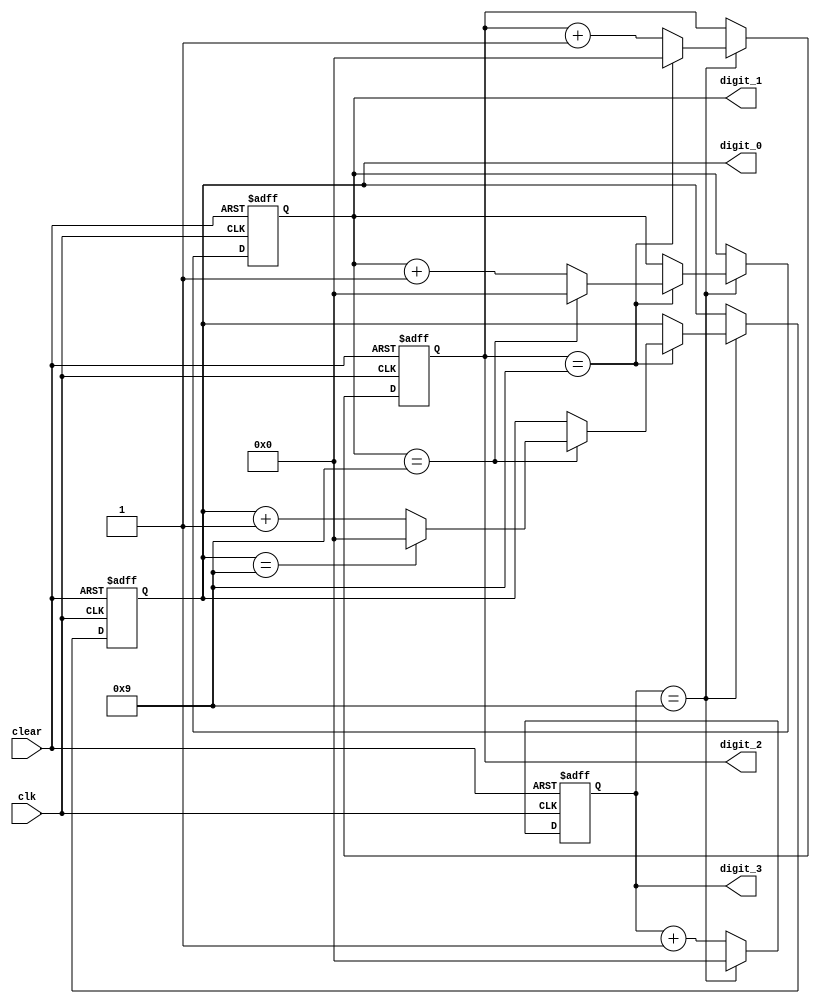
module BCD_Counter (
    input wire clk,
    input wire clear,
    output reg [3:0] digit_3,
    output reg [3:0] digit_2,
    output reg [3:0] digit_1,
    output reg [3:0] digit_0
);

reg [3:0] count_3, count_2, count_1, count_0;

always @(posedge clk or posedge clear) begin
    if (clear) begin
        count_3 <= 4'b0;
        count_2 <= 4'b0;
        count_1 <= 4'b0;
        count_0 <= 4'b0;
    end else begin
        if (count_3 == 4'b1001) begin
            count_3 <= 4'b0;
            if (count_2 == 4'b1001) begin
                count_2 <= 4'b0;
                if (count_1 == 4'b1001) begin
                    count_1 <= 4'b0;
                    if (count_0 == 4'b1001) begin
                        count_0 <= 4'b0;
                    end else begin
                        count_0 <= count_0 + 1;
                    end
                end else begin
                    count_1 <= count_1 + 1;
                end
            end else begin
                count_2 <= count_2 + 1;
            end
        end else begin
            count_3 <= count_3 + 1;
        end
    end
end

assign digit_3 = count_3;
assign digit_2 = count_2;
assign digit_1 = count_1;
assign digit_0 = count_0;

endmodule